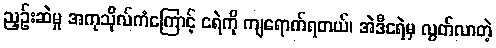
ညှဉ်းဆဲမှု အကုသိုလ်ကံကြောင့် ငရဲကို ကျရောက်ရတယ်၊ အဲဒီငရဲမှ လွတ်လာတဲ့